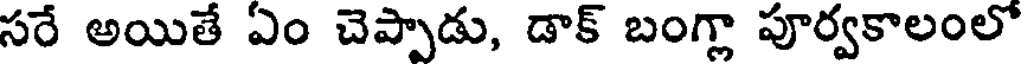
సరే అయితే ఏం చెప్పాడు, డాక్ బంగ్లా పూర్వకాలంలో